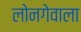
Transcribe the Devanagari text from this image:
लोनगेवाला